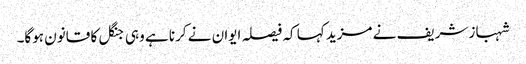
شہباز شریف نے مزید کہا کہ فیصلہ ایوان نے کرنا ہے وہی جنگل کا قانون ہوگا۔